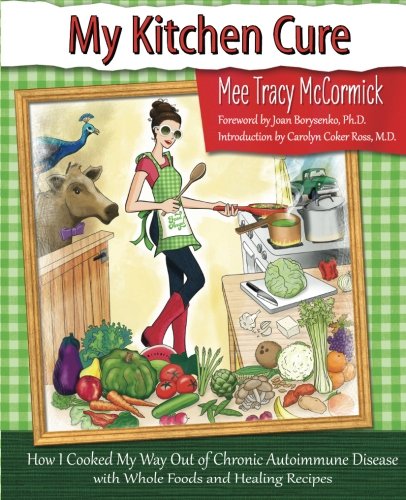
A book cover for My Kitchen Cure: How I Cooked My Way Out of Chronic Autoimmune Disease with Whole Foods and Healing Recipes; Mee Tracy McCormick; Cookbooks, Food & Wine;